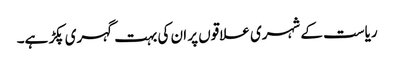
ریاست کے شہری علاقوں پر ان کی بہت گہری پکڑ ہے۔